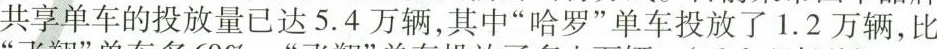
共享单车的投放量已达5.4万辆，其中”哈罗”单车投放了1.2万辆，比